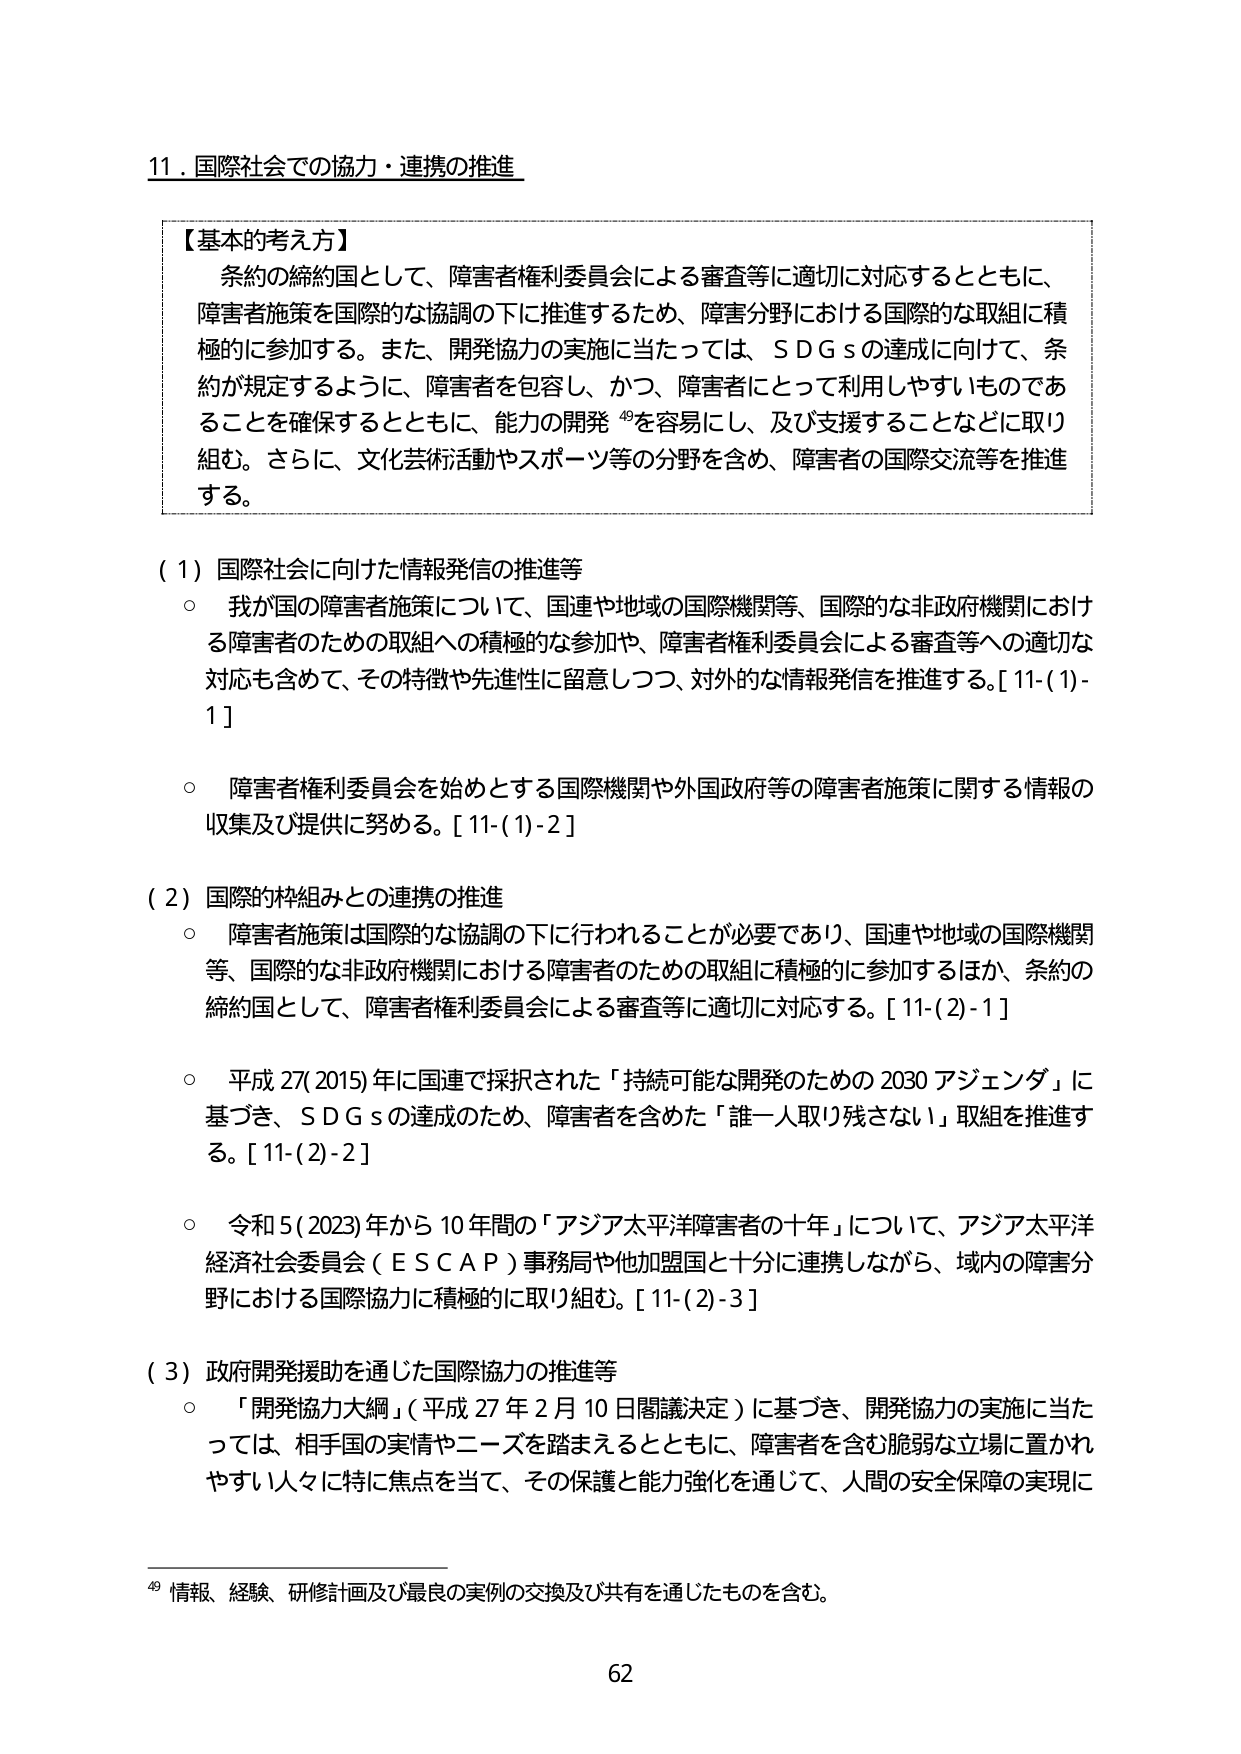
11．国際社会での協力・連携の推進

【基本的考え方】
条約の締約国として、障害者権利委員会による審査等に適切に対応するとともに、
障害者施策を国際的な協調の下に推進するため、障害分野における国際的な取組に積
極的に参加する。また、開発協力の実施に当たっては、ＳＤＧｓの達成に向けて、条
約が規定するように、障害者を包容し、かつ、障害者にとって利用しやすいものであ
ることを確保するとともに、能力の開発⁴⁹を容易にし、及び支援することなどに取り
組む。さらに、文化芸術活動やスポーツ等の分野を含め、障害者の国際交流等を推進
する。

（１）国際社会に向けた情報発信の推進等
○　我が国の障害者施策について、国連や地域の国際機関等、国際的な非政府機関におけ
　　る障害者のための取組への積極的な参加や、障害者権利委員会による審査等への適切な
　　対応も含めて、その特徴や先進性に留意しつつ、対外的な情報発信を推進する。[11-(1)-
　　1]
○　障害者権利委員会を始めとする国際機関や外国政府等の障害者施策に関する情報の
　　収集及び提供に努める。[11-(1)-2]

（２）国際的枠組みとの連携の推進
○　障害者施策は国際的な協調の下に行われることが必要であり、国連や地域の国際機関
　　等、国際的な非政府機関における障害者のための取組に積極的に参加するほか、条約の
　　締約国として、障害者権利委員会による審査等に適切に対応する。[11-(2)-1]
○　平成27(2015)年に国連で採択された「持続可能な開発のための2030アジェンダ」に
　　基づき、ＳＤＧｓの達成のため、障害者を含めた「誰一人取り残さない」取組を推進す
　　る。[11-(2)-2]
○　令和5(2023)年から10年間の「アジア太平洋障害者の十年」について、アジア太平洋
　　経済社会委員会（ＥＳＣＡＰ）事務局や他加盟国と十分に連携しながら、域内の障害分
　　野における国際協力に積極的に取り組む。[11-(2)-3]

（３）政府開発援助を通じた国際協力の推進等
○　「開発協力大綱」（平成27年2月10日閣議決定）に基づき、開発協力の実施に当た
　　っては、相手国の実情やニーズを踏まえるとともに、障害者を含む脆弱な立場に置かれ
　　やすい人々に特に焦点を当て、その保護と能力強化を通じて、人間の安全保障の実現に

⁴⁹ 情報、経験、研修計画及び最良の実例の交換及び共有を通じたものを含む。

62